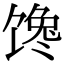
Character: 馋